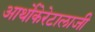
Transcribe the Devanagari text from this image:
आर्थोकेरेटालाजी